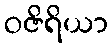
ဝဇိရိယာ